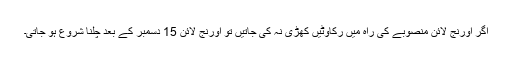
اگر اورنج لائن منصوبے کی راہ میں رکاوٹیں کھڑی نہ کی جاتیں تو اورنج لائن 15 دسمبر کے بعد چلنا شروع ہو جاتی۔